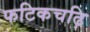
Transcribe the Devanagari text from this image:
फटिकचढ़ि